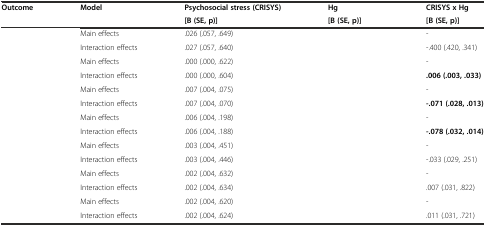
<table><thead><tr><td rowspan="2"><b>Outcome</b></td><td rowspan="2"><b>Model</b></td><td><b>Psychosocial stress (CRISYS)</b></td><td><b>Hg</b></td><td><b>CRISYS x Hg</b></td></tr><tr><td><b>[B (SE, p)]</b></td><td><b>[B (SE, p)]</b></td><td><b>[B (SE, p)]</b></td></tr></thead><tbody><tr><td>[EMPTY_CELL]</td><td>Main effects</td><td>.026 (.057, .649)</td><td>[EMPTY_CELL]</td><td>-</td></tr><tr><td>[EMPTY_CELL]</td><td>Interaction effects</td><td>.027 (.057, .640)</td><td>[EMPTY_CELL]</td><td>-.400 (.420, .341)</td></tr><tr><td>[EMPTY_CELL]</td><td>Main effects</td><td>.000 (.000, .622)</td><td>[EMPTY_CELL]</td><td>-</td></tr><tr><td>[EMPTY_CELL]</td><td>Interaction effects</td><td>.000 (.000, .604)</td><td>[EMPTY_CELL]</td><td><b>.006 (.003, .033)</b></td></tr><tr><td>[EMPTY_CELL]</td><td>Main effects</td><td>.007 (.004, .075)</td><td>[EMPTY_CELL]</td><td>-</td></tr><tr><td>[EMPTY_CELL]</td><td>Interaction effects</td><td>.007 (.004, .070)</td><td>[EMPTY_CELL]</td><td><b>-.071 (.028, .013)</b></td></tr><tr><td>[EMPTY_CELL]</td><td>Main effects</td><td>.006 (.004, .198)</td><td>[EMPTY_CELL]</td><td>-</td></tr><tr><td>[EMPTY_CELL]</td><td>Interaction effects</td><td>.006 (.004, .188)</td><td>[EMPTY_CELL]</td><td><b>-.078 (.032, .014)</b></td></tr><tr><td>[EMPTY_CELL]</td><td>Main effects</td><td>.003 (.004, .451)</td><td>[EMPTY_CELL]</td><td>-</td></tr><tr><td>[EMPTY_CELL]</td><td>Interaction effects</td><td>.003 (.004, .446)</td><td>[EMPTY_CELL]</td><td>-.033 (.029, .251)</td></tr><tr><td>[EMPTY_CELL]</td><td>Main effects</td><td>.002 (.004, .632)</td><td>[EMPTY_CELL]</td><td>-</td></tr><tr><td>[EMPTY_CELL]</td><td>Interaction effects</td><td>.002 (.004, .634)</td><td>[EMPTY_CELL]</td><td>.007 (.031, .822)</td></tr><tr><td>[EMPTY_CELL]</td><td>Main effects</td><td>.002 (.004, .620)</td><td>[EMPTY_CELL]</td><td>-</td></tr><tr><td>[EMPTY_CELL]</td><td>Interaction effects</td><td>.002 (.004, .624)</td><td>[EMPTY_CELL]</td><td>.011 (.031, .721)</td></tr></tbody></table>